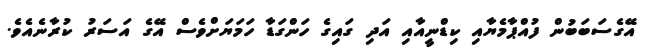
އޭގެސަބަބުން ފުއްޕާމެޔާއި ކިޑްނީއާއި އަދި ގައިގެ ހަންގަޑާ ހަމަޔަށްވެސް އޭގެ އަސަރު ކުރާނެއެވެ.